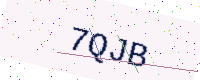
Text: 7QJB